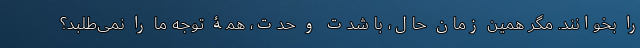
را بخوانند. مگر همین زمانِ حال، با شدت و حدت، همۀ توجه ما را نمی‌طلبد؟